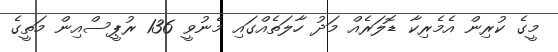
މީގެ ކުރިން އެމެރިކާ ޑޮލަރެއް މަދު ހާލަތެއްގައި މެނުވީ 136 ރުޕީސްއިން މަތީގެ